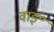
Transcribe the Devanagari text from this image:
वाइ॰